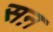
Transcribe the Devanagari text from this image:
सऩ